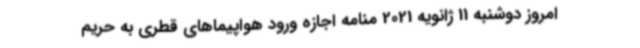
امروز دوشنبه 11 ژانویه 2021 منامه اجازه ورود هواپیماهای قطری به حریم